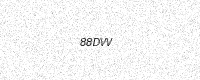
Text: 88DVV